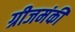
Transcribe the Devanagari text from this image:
ग्रीजमंकी